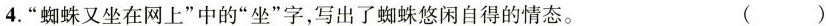
4.“蜘蛛又坐在网上”中的“坐”字，写出了蜘蛛悠闲自得的情态。 ()